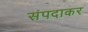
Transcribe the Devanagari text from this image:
संपदाकर